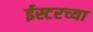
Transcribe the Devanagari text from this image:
ईस्टरच्या